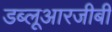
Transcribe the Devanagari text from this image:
डब्लूआरजीबी